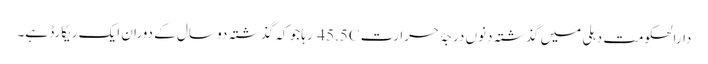
دارالحکومت دہلی میں گذشتہ دنوں درجۂ حرارت 45.5C رہا جو کہ گذشتہ دو سال کے دوران ایک ریکارڈ ہے۔